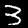
Digit: 3